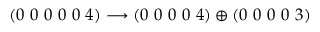
( 0 ~ 0 ~ 0 ~ 0 ~ 0 ~ 4 ) \longrightarrow ( 0 ~ 0 ~ 0 ~ 0 ~ 4 ) \oplus ( 0 ~ 0 ~ 0 ~ 0 ~ 3 )